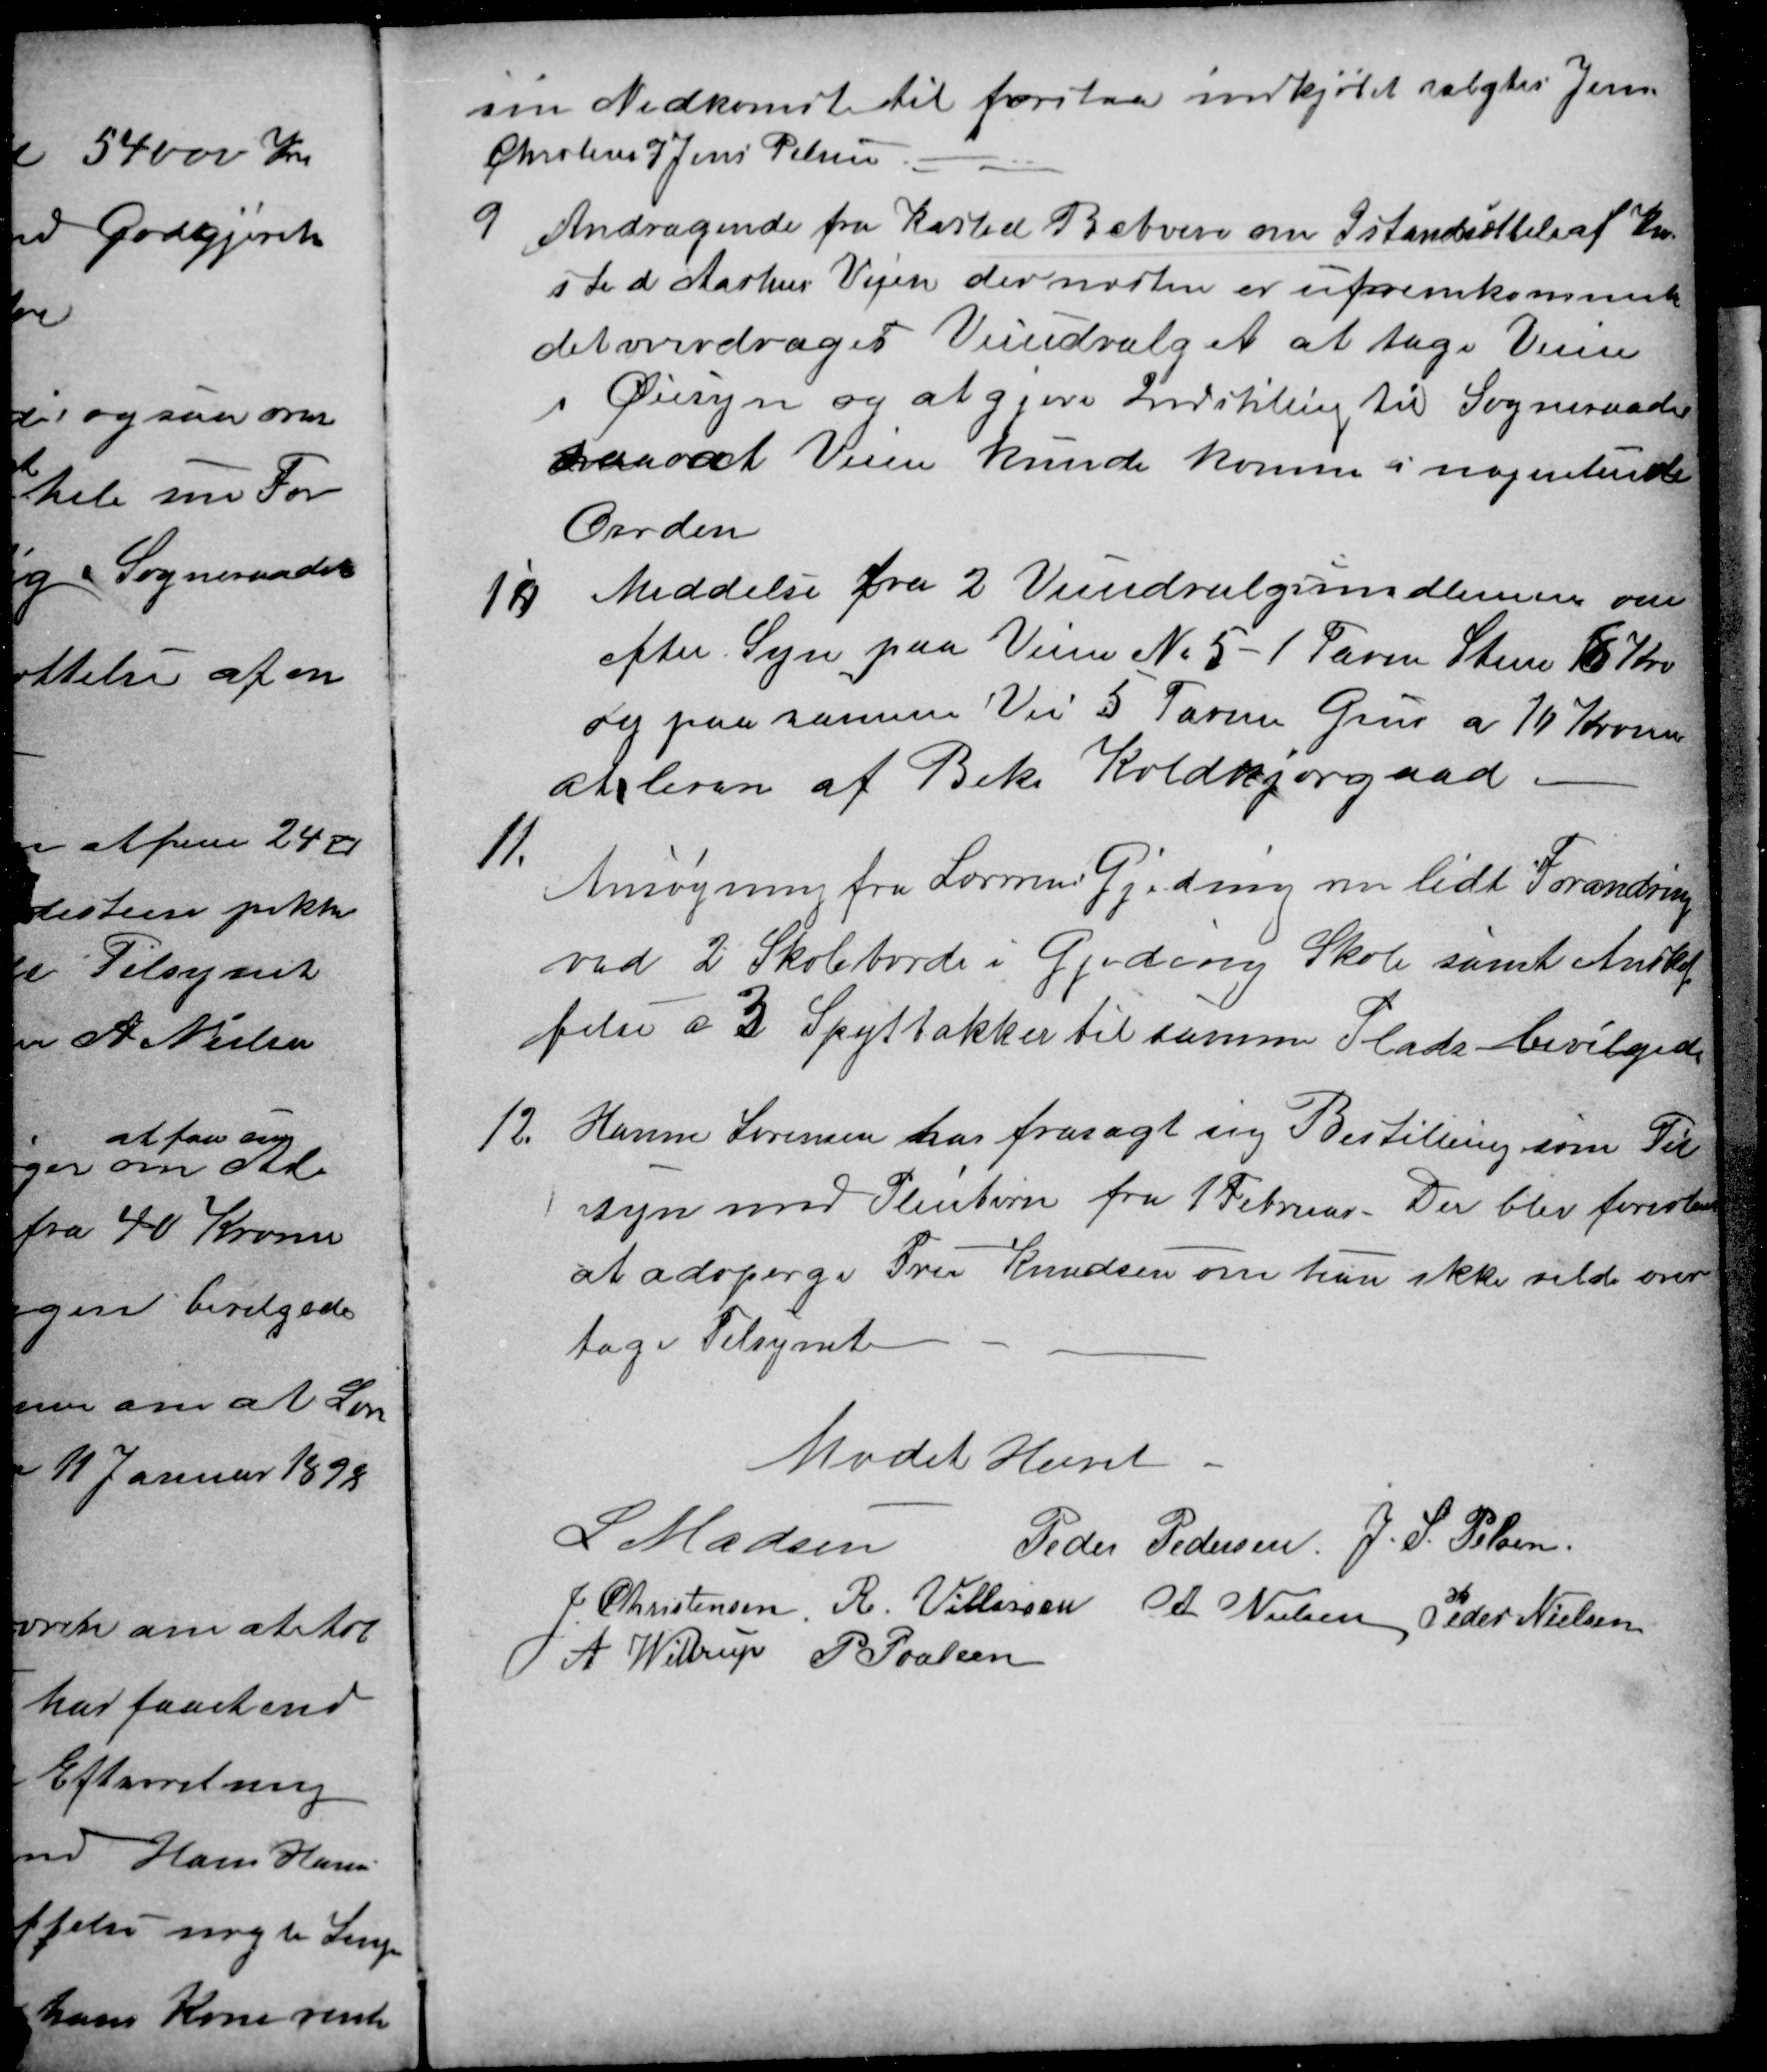
Transskription:
sin Nedkomst til forestaa indkjøbet valgtes Jens
Christens og Jens Pelsen
9
Andragende fra Kasted Beboere om Istandsættelse af Ka-
sted Aarhus Vejen der næsten er ufremkommende
det overdrages Veiudvalget at tage Veiene
i Øiesyn og at gjøre Indstilling til Sogneraadet
saa at Veien kunde komme i nogenlunde
Orden
10
Meddelse fra 2 Veiudvalgsmedlemmer om
efter Syn paa Veien № 5 - 1 Favn Steen 6 Kro
og paa samme Vei 5 Favne Grus a 10 Kroner
at leven af Bek Koldkjærgaad 
11.
Ansøgning fra Læreren i Gjeding om lidt Forandring
ved 2 Skoleborde i Gjeding Skole samt Anskaf
felse a 3 Spytbakker til samme Plads bevilgedes
12.
Hanne Sørensen har frasagt sig Bestilling som Til
syn med Pleiebørn fra 1 Februar. Der blev foreslaaet
at adspørge Fru Knudsen om hun ikke vilde over
tage Tilsynet
Mødet Hævet
L Madsen 
Peder Pedersen
J. S. Pelsen
J. Christensen
R. Villassen
A. Nielsen
Peder Nielsen
A. Wittrup
P Poulsen